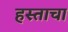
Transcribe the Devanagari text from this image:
हस्ताचा